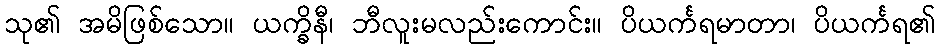
သု၏ အမိဖြစ်သော။ ယက္ခိနီ၊ ဘီလူးမလည်းကောင်း။ ပိယင်္ကရမာတာ၊ ပိယင်္ကရ၏